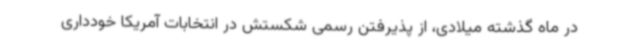
در ماه گذشته میلادی، از پذیرفتن رسمی شکستش در انتخابات آمریکا خودداری